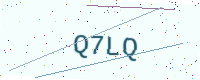
Text: Q7LQ